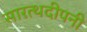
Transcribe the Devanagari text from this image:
सारत्थदीपनी